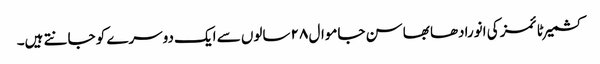
کشمیر ٹائمز کی انورادھا بھاسن جاموال ۲۸ سالوں سے ایک دوسرے کو جانتے ہیں۔